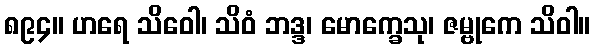
၈၉၄။ ဟရေ သိဝေါ၊ သိဝံ ဘဒ္ဒ၊ မောက္ခေသု၊ ဇမ္ဗုကေ သိဝါ။